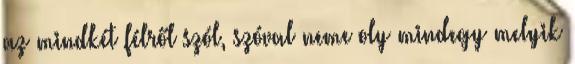
az mindkét félről szól, szóval neme oly mindegy melyik